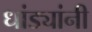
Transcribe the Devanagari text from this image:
धांड्यांनी